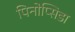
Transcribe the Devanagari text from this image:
पिनोप्सिडा